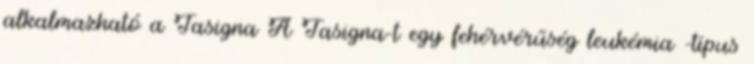
alkalmazható a Tasigna A Tasigna-t egy fehérvérűség leukémia -típus